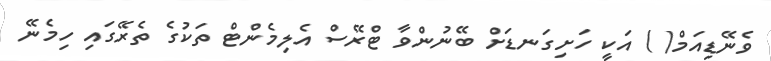
ވެނޭޑިއަމް( ) އަކީ ހަށިގަނޑަށް ބޭނުންވާ ޓްރޭސް އެލިމެންޓް ތަކުގެ ތެރޭގައި ހިމެނޭ